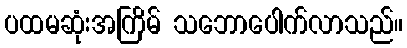
ပထမဆုံးအကြိမ် သဘောပေါက်လာသည်။